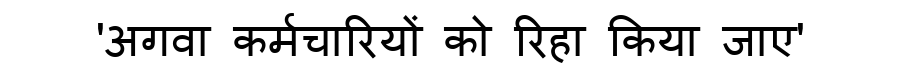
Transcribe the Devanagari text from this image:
'अगवा कर्मचारियों को रिहा किया जाए'